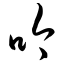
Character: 吟